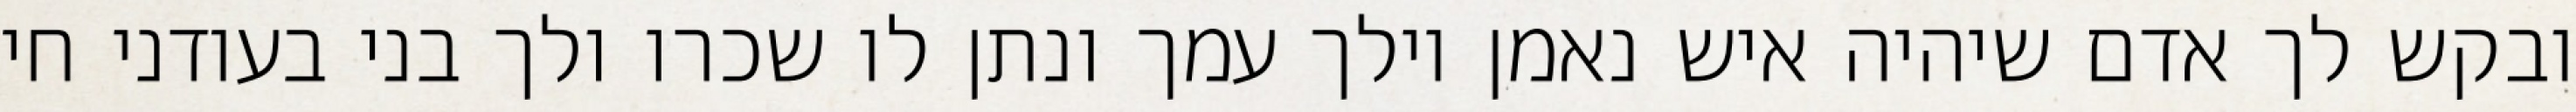
ובקש לך אדם שיהיה איש נאמן וילך עמך ונתן לו שכרו ולך בני בעודני חי